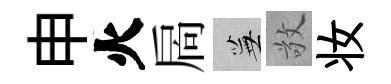
申火扄蕪敬妆